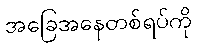
အခြေအနေတစ်ရပ်ကို